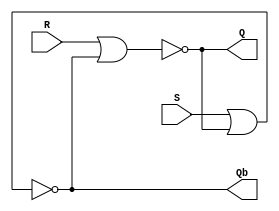
module Lab3_SR_Latch_gatelevel (input S, R, output Q, Qb);

    wire w1, w2;
    //reg Q, Qb;
    
    wire [3:0]temp;
    nor #(10) G1(Q, R, Qb);
    nor #(10) G2(Qb, S, Q);

endmodule